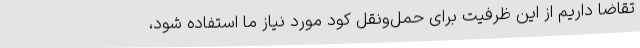
تقاضا داریم از این ظرفیت برای حمل‌ونقل کود مورد نیاز ما استفاده شود،